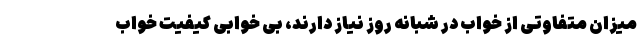
میزان متفاوتی از خواب در شبانه روز نیاز دارند، بی خوابی کیفیت خواب